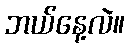
ဘယ်နေ့လဲ။